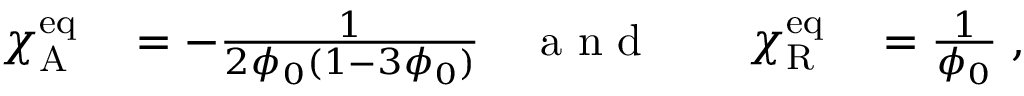
\begin{array} { r l r l r l } { \chi _ { \mathrm { A } } ^ { \mathrm { e q } } } & { { } = - \frac { 1 } { 2 \phi _ { 0 } ( 1 - 3 \phi _ { 0 } ) } } & { \mathrm { ~ a ~ n ~ d ~ } } & { { } } & { \chi _ { \mathrm { R } } ^ { \mathrm { e q } } } & { { } = \frac { 1 } { \phi _ { 0 } } \; , } \end{array}